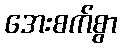
အေးစက်စွာ